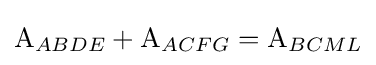
{\text{A}}_{ABDE}+{\text{A}}_{ACFG}={\text{A}}_{BCML}